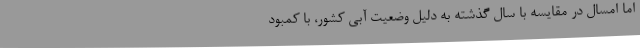
اما امسال در مقایسه با سال گذشته به دلیل وضعیت آبی کشور، با کمبود